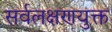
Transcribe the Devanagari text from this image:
सर्वलक्षणयुक्त